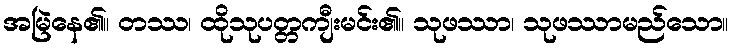
အမြဲနေ၏။ တဿ၊ ထိုသုပတ္တကျီးမင်း၏။ သုဖဿာ၊ သုဖဿာမည်သော။